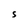
Character: S